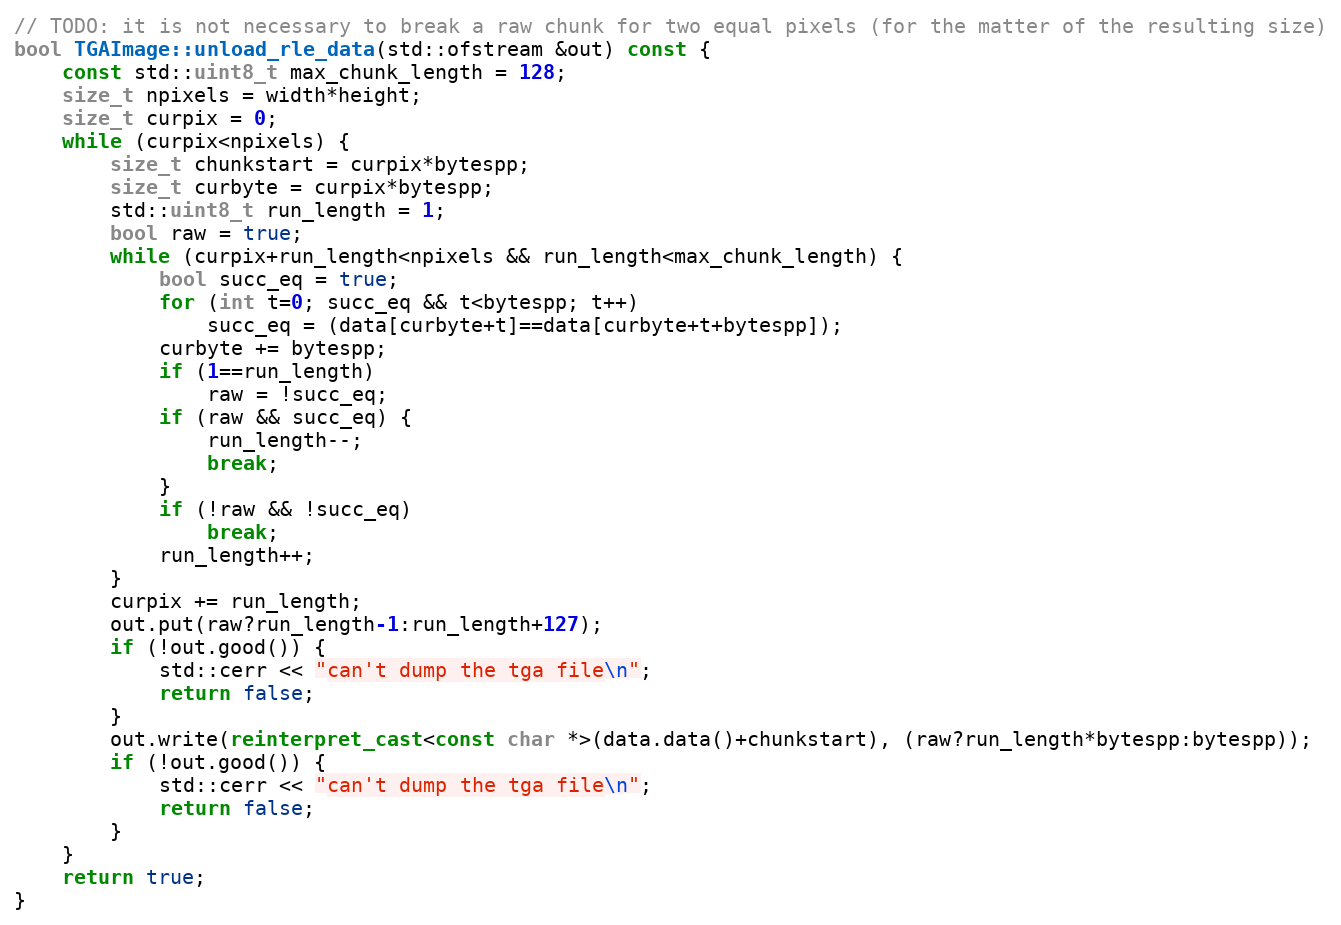
Language: C++
// TODO: it is not necessary to break a raw chunk for two equal pixels (for the matter of the resulting size)
bool TGAImage::unload_rle_data(std::ofstream &out) const {
    const std::uint8_t max_chunk_length = 128;
    size_t npixels = width*height;
    size_t curpix = 0;
    while (curpix<npixels) {
        size_t chunkstart = curpix*bytespp;
        size_t curbyte = curpix*bytespp;
        std::uint8_t run_length = 1;
        bool raw = true;
        while (curpix+run_length<npixels && run_length<max_chunk_length) {
            bool succ_eq = true;
            for (int t=0; succ_eq && t<bytespp; t++)
                succ_eq = (data[curbyte+t]==data[curbyte+t+bytespp]);
            curbyte += bytespp;
            if (1==run_length)
                raw = !succ_eq;
            if (raw && succ_eq) {
                run_length--;
                break;
            }
            if (!raw && !succ_eq)
                break;
            run_length++;
        }
        curpix += run_length;
        out.put(raw?run_length-1:run_length+127);
        if (!out.good()) {
            std::cerr << "can't dump the tga file\n";
            return false;
        }
        out.write(reinterpret_cast<const char *>(data.data()+chunkstart), (raw?run_length*bytespp:bytespp));
        if (!out.good()) {
            std::cerr << "can't dump the tga file\n";
            return false;
        }
    }
    return true;
}